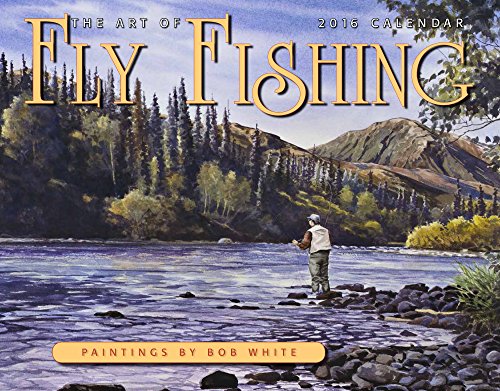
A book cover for Art of Fly Fishing 2016 Calendar 11x14; Bob White; Calendars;